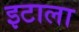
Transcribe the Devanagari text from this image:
इटाला